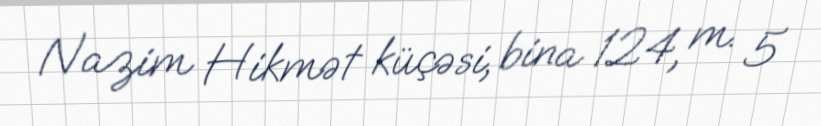
Nazim Hikmət küçəsi, bina 124, m. 5